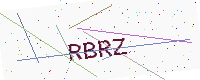
Text: RBRZ